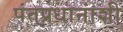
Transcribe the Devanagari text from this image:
पंतप्रधानांशी